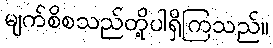
မျက်စိစသည်တို့ပါရှိကြသည်။